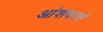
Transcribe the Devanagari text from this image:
आंशकासे